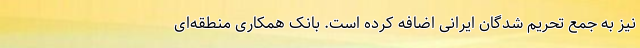
نیز به جمع تحریم شدگان ایرانی اضافه کرده است. بانک همکاری منطقه‌ای